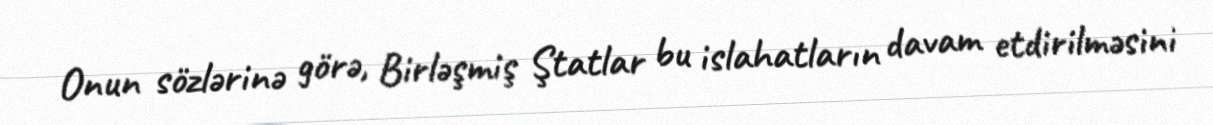
Onun sözlərinə görə, Birləşmiş Ştatlar bu islahatların davam etdirilməsini